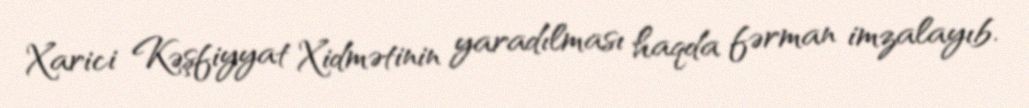
Xarici Kəşfiyyat Xidmətinin yaradılması haqda fərman imzalayıb.